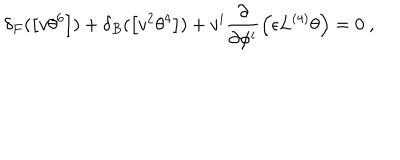
LaTeX: \delta _ { F } ( \left[ v \theta ^ { 6 } \right] ) + \delta _ { B } ( \left[ v ^ { 2 } \theta ^ { 4 } \right] ) + v ^ { i } \frac { \partial } { \partial \phi ^ { i } } \left( \epsilon L ^ { ( 4 ) } \theta \right) = 0 ~ ,